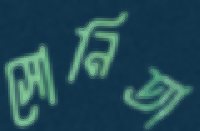
সোনিতা